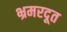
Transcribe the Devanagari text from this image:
भ्रमरदूत